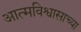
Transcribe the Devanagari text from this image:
आत्मविश्वासाच्या